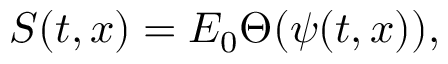
S ( t , x ) = E _ { 0 } \Theta ( \psi ( t , x ) ) ,